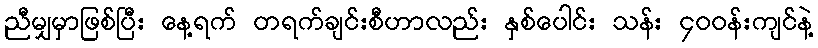
ညီမျှမှာဖြစ်ပြီး နေ့ရက် တရက်ချင်းစီဟာလည်း နှစ်ပေါင်း သန်း ၄၀၀န်းကျင်နဲ့